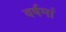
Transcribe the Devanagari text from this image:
वर्षमां